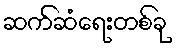
ဆက်ဆံရေးတစ်ခု